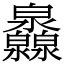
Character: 灥